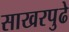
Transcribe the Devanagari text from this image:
साखरपुढे